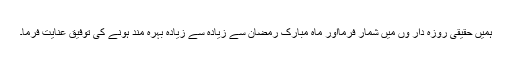
ہمیں حقیقی روزہ دار وں میں شمار فرمااور ماہ مبارک رمضان سے زیادہ سے زیادہ بہرہ مند ہونے کی توفیق عنایت فرما۔